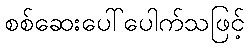
စစ်ဆေးပေါ်ပေါက်သဖြင့်